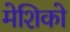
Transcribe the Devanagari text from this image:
मेशिको